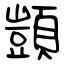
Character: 顗